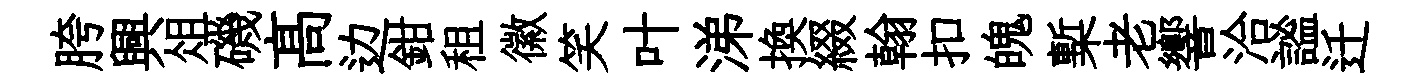
胯興俎磯髙边鉗租徽笑叶涕換綴翰扣魄槧老響洽謐迁